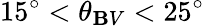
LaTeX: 15^{\circ}<\theta_{\mathbf{B}V}<25^{\circ}